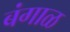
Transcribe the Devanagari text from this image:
बंगाळ